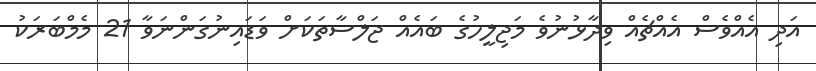
އަދި އެއްވެސް އެއްޗެއް ވިދާޅުނުވެ މަޖިލީހުގެ ބައެއް ޖަލްސާތަކަށް ވަޑައިނުގަންނަވާ 21 މެމްބަރަކު